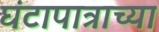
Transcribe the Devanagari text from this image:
घंटापात्राच्या